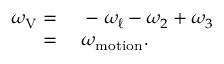
\begin{array} { r l } { \omega _ { \mathrm { V } } = } & { { } \, \, - \omega _ { \ell } - \omega _ { 2 } + \omega _ { 3 } } \\ { = } & { { } \, \, \omega _ { \mathrm { m o t i o n } } . } \end{array}